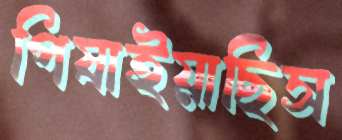
পিষাইয়াছিস